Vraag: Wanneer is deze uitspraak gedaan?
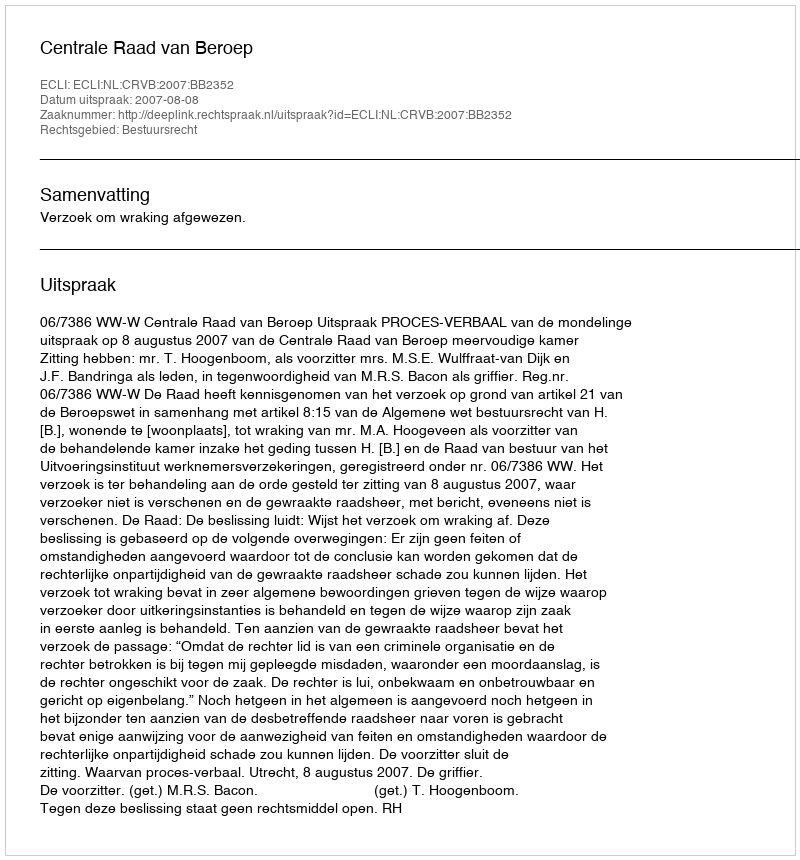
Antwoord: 2007-08-08